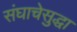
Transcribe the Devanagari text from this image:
संघाचेसुद्धा